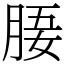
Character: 𣍲